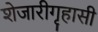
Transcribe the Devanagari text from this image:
शेजारीगृहासी